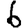
Digit: 6